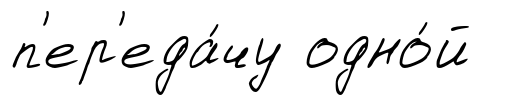
п'ер'еда́чу одно́й